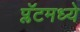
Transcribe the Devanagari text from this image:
प्लॅटमध्ये